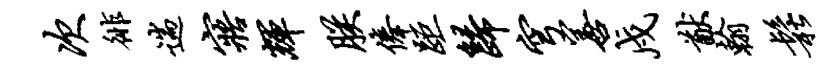
次徘遄寤辉朕俸距归穹善戍猷翰松